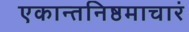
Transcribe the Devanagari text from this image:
एकान्तनिष्ठमाचारं